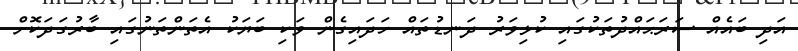
އަދިި ބައެއް ސަރަޙައްދުތަކުގައި ކުޅިވަރު ދަނޑުތައް ހަދައިގެން ވަކި ބަޔަކު އެތަންތަނުގައި ބާރުގަދަކޮށް